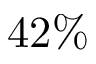
4 2 \%